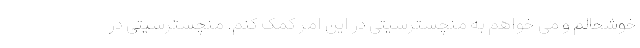
خوشحالم و می خواهم به منچسترسیتی در این امر کمک کنم. منچسترسیتی در